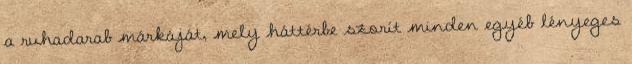
a ruhadarab márkáját, mely háttérbe szorít minden egyéb lényeges